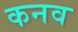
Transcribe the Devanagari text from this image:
कनव